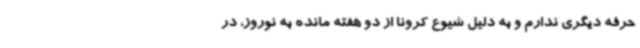
حرفه دیگری ندارم و به دلیل شیوع کرونا از دو هفته مانده به نوروز، در